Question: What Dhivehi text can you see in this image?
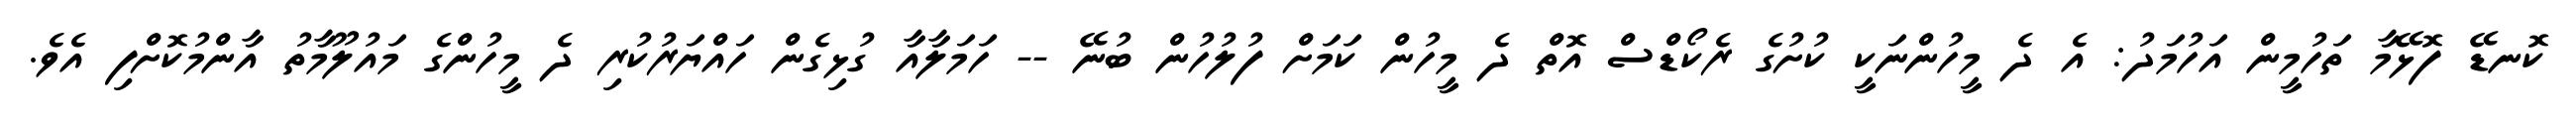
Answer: ކޮނޑޭ ފޮޅޭމާ ތަހުމީން އަހުމަދު: އެ ދެ މީހުންނަކީ ކުށުގެ ރެކޯޑްސް އޮތް ދެ މީހުން ކަމަށް ފުލުހުން ބުނޭ -- ހަމަލާއާ ގުޅިގެން ހައްޔަރުކުރި ދެ މީހުންގެ މައުލޫމާތު އާންމުކޮށްފި އެވެ.